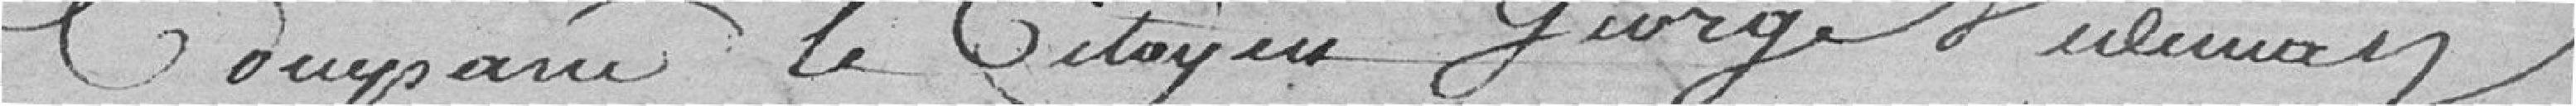
comparu le citoyen George Vieleman?